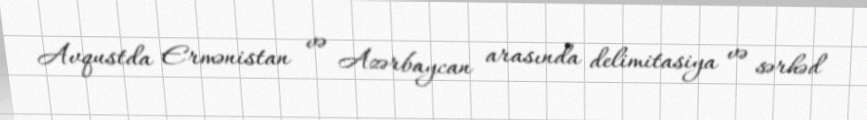
Avqustda Ermənistan və Azərbaycan arasında delimitasiya və sərhəd